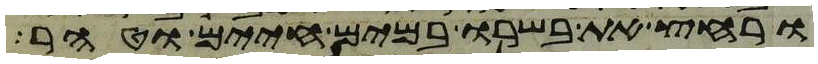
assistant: ורחץ את בשרו במים חיים וטהר